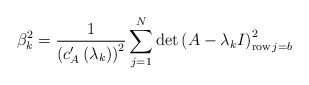
\begin{align*}\beta_{k}^{2}=\frac{1}{\left( c_{A}^{\prime}\left( \lambda_{k}\right)\right) ^{2}}\sum_{j=1}^{N}\det\left( A-\lambda_{k}I\right)_{\operatorname{row}j=b}^{2} \end{align*}